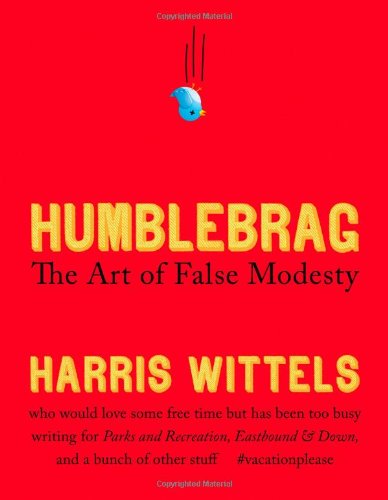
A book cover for Humblebrag: The Art of False Modesty; Harris Wittels; Humor & Entertainment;